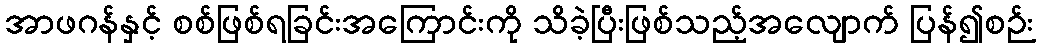
အာဖဂန်နှင့် စစ်ဖြစ်ရခြင်းအကြောင်းကို သိခဲ့ပြီးဖြစ်သည့်အလျောက် ပြန်၍စဉ်း